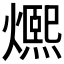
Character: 𤐤